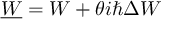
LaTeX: \underline { { W } } = W + \theta i \hbar \Delta W